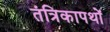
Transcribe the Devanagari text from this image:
तंत्रिकापथों